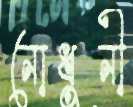
নোধুনী